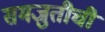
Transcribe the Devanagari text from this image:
समजुतीची